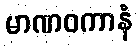
မာဏဝကာနံ